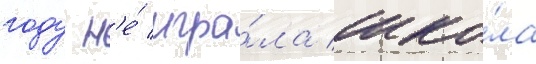
году н'е́ игра́ла шко́ла